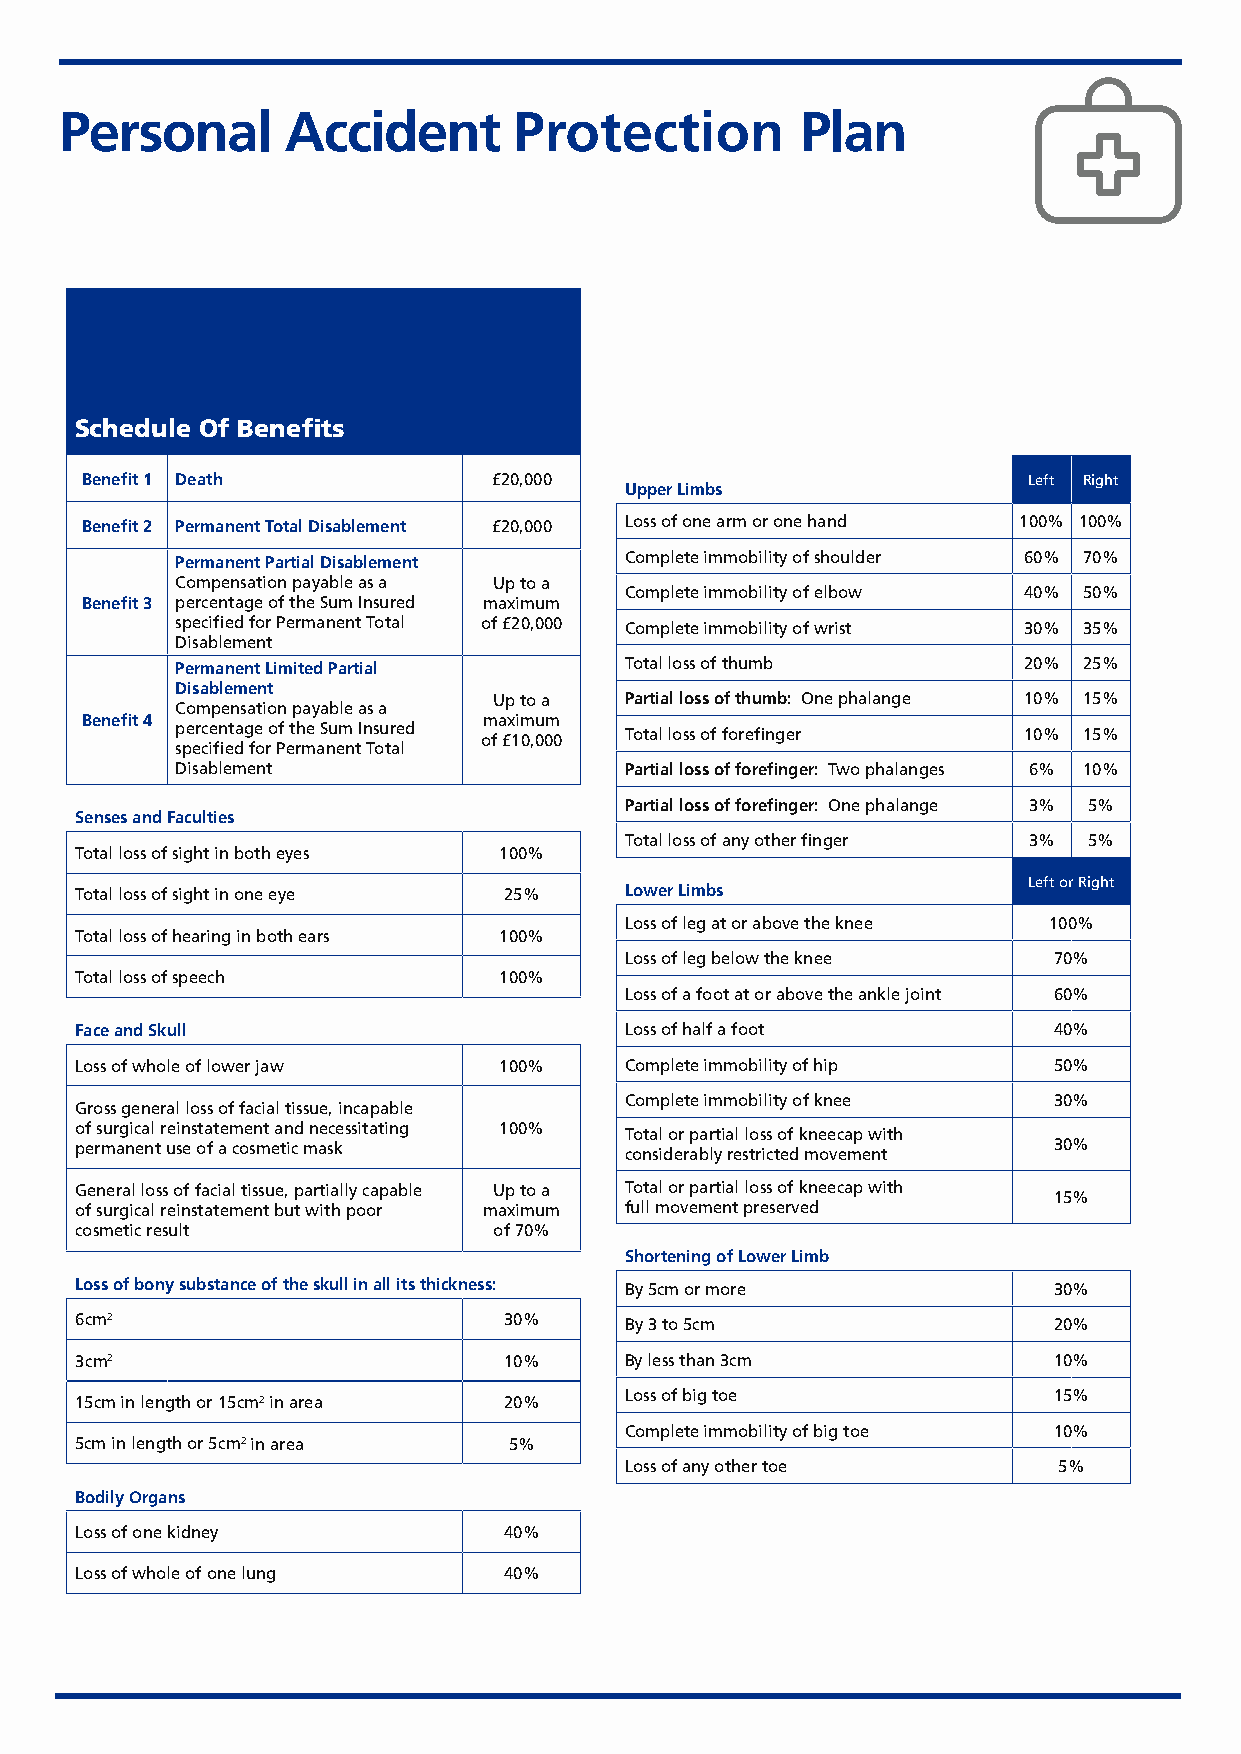
Personal       Accident       Protection         Plan
 Schedule Of Benefits
 Benefit 1 Death             £20,000                            Left Right
 Upper Limbs
 Benefit 2 Permanent Total Disablement £20,000 Loss of one arm or one hand 100% 100%
 Permanent Partial Disablement Complete immobility of shoulder 60% 70%
 Compensation payable as a Up to a
 Complete immobility of elbow 40% 50%
 Benefit 3 percentage of the Sum Insured maximum
 specified for Permanent Total of £20,000 Complete immobility of wrist 30% 35%
 Disablement
 Permanent Limited Partial    Total loss of thumb        20% 25%
 Disablement
 Up to a Partial loss of thumb: One phalange 10% 15%
 Compensation payable as a
 Benefit 4                  maximum
 percentage of the Sum Insured Total loss of forefinger  10% 15%
 of £10,000
 specified for Permanent Total
 Disablement                  Partial loss of forefinger: Two phalanges 6% 10%
 Partial loss of forefinger: One phalange 3% 5%
 Senses and Faculties
 Total loss of any other finger 3% 5%
 Total loss of sight in both eyes 100%
 Left or Right
 Total loss of sight in one eye 25%  Lower Limbs
 Loss of leg at or above the knee 100%
 Total loss of hearing in both ears 100%
 Loss of leg below the knee   70%
 Total loss of speech        100%
 Loss of a foot at or above the ankle joint 60%
 Face and Skull                      Loss of half a foot          40%
 Loss of whole of lower jaw  100%    Complete immobility of hip   50%
 Complete immobility of knee  30%
 Gross general loss of facial tissue, incapable
 of surgical reinstatement and necessitating 100%
 Total or partial loss of kneecap with
 permanent use of a cosmetic mask                                 30%
 considerably restricted movement
 General loss of facial tissue, partially capable Up to a Total or partial loss of kneecap with
 15%
 of surgical reinstatement but with poor maximum full movement preserved
 cosmetic result             of 70%
 Shortening of Lower Limb
 Loss of bony substance of the skull in all its thickness: By 5cm or more 30%
 6cm2                        30%     By 3 to 5cm                  20%
 3cm2                        10%     By less than 3cm             10%
 Loss of big toe              15%
 15cm in length or 15cm2 in area 20%
 Complete immobility of big toe 10%
 5cm in length or 5cm2 in area 5%
 Loss of any other toe        5%
 Bodily Organs
 Loss of one kidney          40%
 Loss of whole of one lung   40%